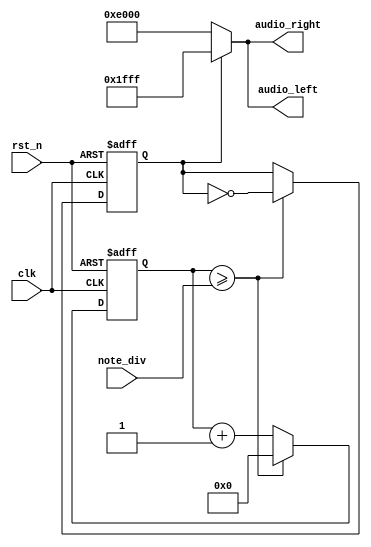
`timescale 1ns / 1ps
//////////////////////////////////////////////////////////////////////////////////
// Company: 
// Engineer: 
// 
// Design Name: 
// Module Name: buzzer_ctl
// Project Name: 
// Target Devices: 
// Tool Versions: 
// Description: 
// 
// Dependencies: 
// 
// Revision:
// Revision 0.01 - File Created
// Additional Comments:
// 
//////////////////////////////////////////////////////////////////////////////////


module buzzer_ctl(
    input clk,
    input rst_n,
    input [21:0]note_div,  // divisor
    output reg [15:0]audio_left,
    output reg [15:0]audio_right
    );    
    reg [21:0]clk_cnt;
    reg [21:0]cnt_next;
    reg ampli_next;
    reg ampli;      // amplitude
    
    always @*      // divide divisor
        if (clk_cnt >= note_div) begin
            cnt_next = 22'd0;
            ampli_next = ~ampli;
        end
        else begin
            cnt_next = clk_cnt + 22'd1;
            ampli_next = ampli;
        end
    
    always @(posedge clk or negedge rst_n)
        if (~rst_n) clk_cnt = 22'd0;
        else clk_cnt <= cnt_next;
        
    
    always @(posedge clk or negedge rst_n)
        if (~rst_n) ampli <= 1'd0;
        else ampli <= ampli_next;
    
    always @*
        if (ampli) begin  // max
            audio_right = 16'h1FFF;
            audio_left = 16'h1FFF;
        end
        else begin    //min
            audio_right = 16'hE000;
            audio_left = 16'hE000;
        end

endmodule